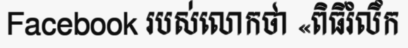
Facebook របស់លោកថា «ពិធីរំលឹក